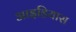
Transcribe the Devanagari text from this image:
आइडियास